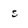
Character: s